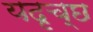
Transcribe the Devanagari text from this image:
यदृच्छ